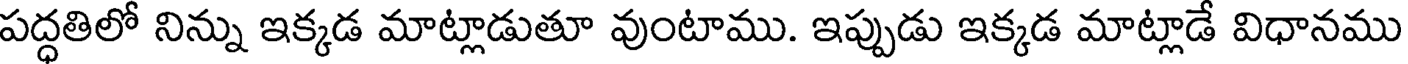
పద్ధతిలో నిన్ను ఇక్కడ మాట్లాడుతూ వుంటాము. ఇప్పుడు ఇక్కడ మాట్లాడే విధానము